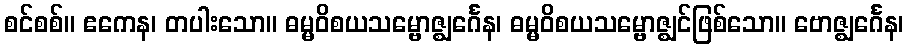
စင်စစ်။ ဧကေန၊ တပါးသော။ ဓမ္မဝိစယသမ္ဗောဇ္ဈင်္ဂေန၊ ဓမ္မဝိစယသမ္ဗောဇ္ဈင်ဖြစ်သော။ ဗောဇ္ဈင်္ဂေန၊